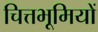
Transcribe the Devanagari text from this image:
चित्तभूमियों